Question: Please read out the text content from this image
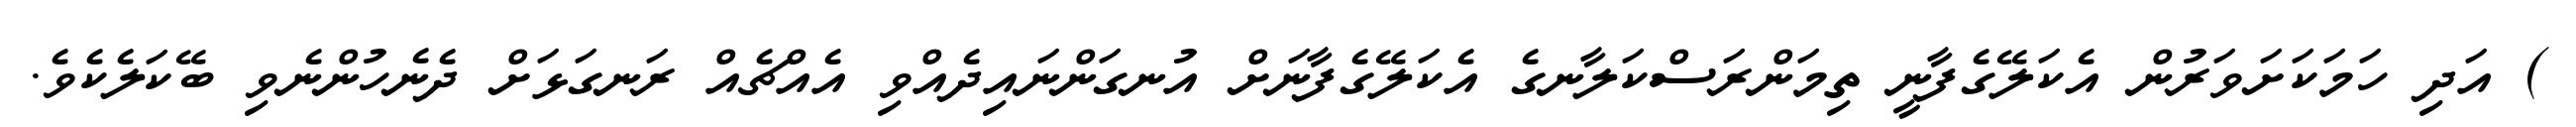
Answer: ) އަދި ހަމަކަށަވަރުން އެކަލޭގެފާނީ ތިމަންރަސްކަލާނގެ އެކަލޭގެފާނަށް އުނގަންނައިދެއްވި އެއްޗެއް ރަނގަޅަށް ދެނެހުންނެވި ބޭކަލެކެވެ.